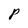
Character: P